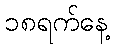
၁၈ရက်နေ့